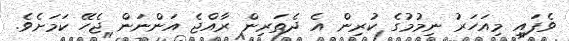
ވެފައި މިއަހަރު ނިމުމުގެ ކުރިން އެ ދެތަރިން ރާއްޖެ އަންނަން ޖެހޭ ކަމަށެވެ.